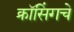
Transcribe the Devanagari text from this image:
क्रॉसिंगचे